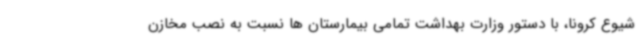
شیوع کرونا، با دستور وزارت بهداشت تمامی بیمارستان ها نسبت به نصب مخازن